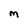
Character: M